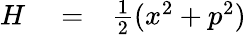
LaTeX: \begin{array}{rlr}{H}&{{}=}&{\frac{1}{2}(x^{2}+p^{2})}\end{array}